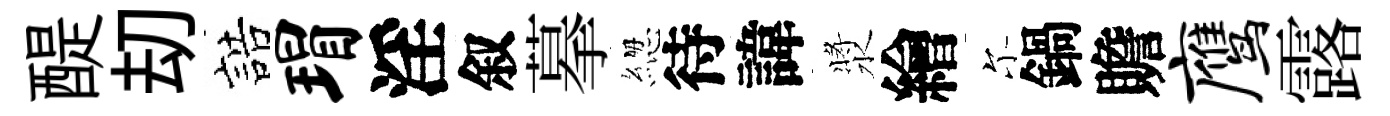
醍刧誥瑁淫叙摹緫待諱漿繪尓鍋贍鹰露